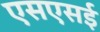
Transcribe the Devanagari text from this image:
एसएसई